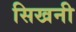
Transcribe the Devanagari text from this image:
सिखनी